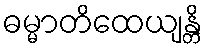
ဓမ္မာတိထေယျန္တိ